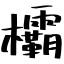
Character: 欛